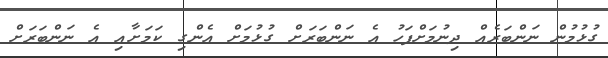
ގުޅުމުން ނަންބަރެއް ދިނުމަށްފަހު އެ ނަންބަރަށް ގުޅުމަށް އެންގި ކަމަށާއި އެ ނަންބަރަށް